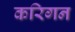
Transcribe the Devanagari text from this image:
करिगन